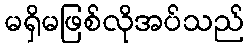
မရှိမဖြစ်လိုအပ်သည်